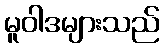
မူဝါဒများသည်